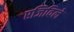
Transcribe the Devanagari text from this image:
एजिविले